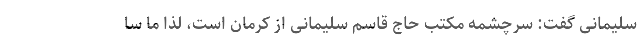
سلیمانی گفت: سرچشمه مکتب حاج قاسم سلیمانی از کرمان است، لذا ما سا